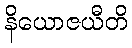
နိယောဇယီတိ